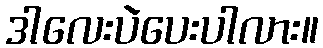
ဒါလေးပဲပေးပါလား။